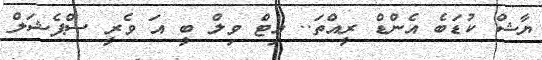
ޔާޝް ކުޑަބެ އެންޑް ރީއްތަ.. އިޓް ވިލް ބީ އަ ވެރީ ސްޕެޝަލް